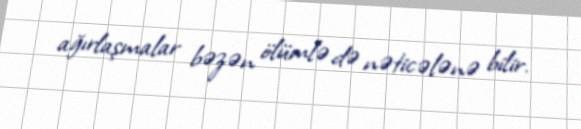
ağırlaşmalar bəzən ölümlə də nəticələnə bilir.